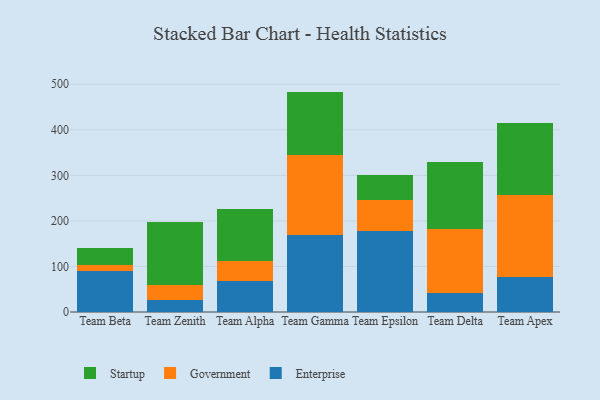
{"axis": {"x": "Team", "y": "Churn Rate (%)"}, "legend": ["Enterprise", "Government", "Startup"], "data": [{"x": "Team Beta", "y": 90.4, "type": "Enterprise"}, {"x": "Team Beta", "y": 12.7, "type": "Government"}, {"x": "Team Beta", "y": 36.9, "type": "Startup"}, {"x": "Team Zenith", "y": 25.8, "type": "Enterprise"}, {"x": "Team Zenith", "y": 34.1, "type": "Government"}, {"x": "Team Zenith", "y": 138.3, "type": "Startup"}, {"x": "Team Alpha", "y": 68.8, "type": "Enterprise"}, {"x": "Team Alpha", "y": 44.0, "type": "Government"}, {"x": "Team Alpha", "y": 113.7, "type": "Startup"}, {"x": "Team Gamma", "y": 169.7, "type": "Enterprise"}, {"x": "Team Gamma", "y": 174.3, "type": "Government"}, {"x": "Team Gamma", "y": 139.9, "type": "Startup"}, {"x": "Team Epsilon", "y": 178.2, "type": "Enterprise"}, {"x": "Team Epsilon", "y": 68.7, "type": "Government"}, {"x": "Team Epsilon", "y": 54.0, "type": "Startup"}, {"x": "Team Delta", "y": 41.1, "type": "Enterprise"}, {"x": "Team Delta", "y": 142.2, "type": "Government"}, {"x": "Team Delta", "y": 146.6, "type": "Startup"}, {"x": "Team Apex", "y": 77.6, "type": "Enterprise"}, {"x": "Team Apex", "y": 178.7, "type": "Government"}, {"x": "Team Apex", "y": 158.2, "type": "Startup"}]}